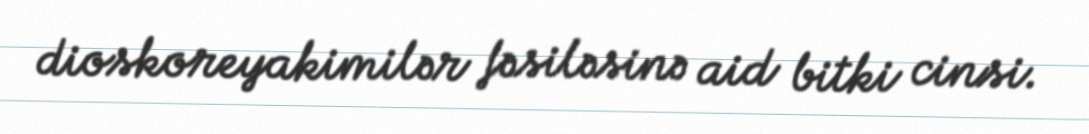
dioskoreyakimilər fəsiləsinə aid bitki cinsi.